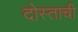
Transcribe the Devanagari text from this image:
दोस्ताची